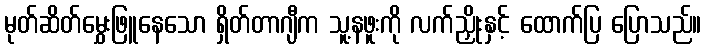
မုတ်ဆိတ်မွှေးဖြူနေသော ရှိတ်တာဂျီက သူ့နဖူးကို လက်ညှိုးနှင့် ထောက်ပြ ပြောသည်။